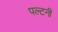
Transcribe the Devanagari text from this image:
पल्टनी